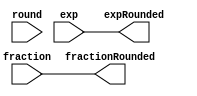
module rounding(
    input round,
    input [26:0] fraction, 
    input [7:0] exp, 
    output [26:0] fractionRounded, 
    output [7:0] expRounded
);
// Round ties to even
wire less;
wire equal;
wire greater;

assign less = fraction[2:0] < 3'b100;
assign equal = fraction[2:0] == 3'b100;
assign greater = fraction[2:0] > 3'b100;

// always @( round) begin
//     if(less) begin
//         fractionRounded <= fraction;
//         expRounded <= exp;
//     end
//     else if(equal) begin
//         if(fraction[3] == 1'b1) begin
//             fractionRounded <= fraction + 1;
//             expRounded <= exp;
//         end
//         else begin
//             fractionRounded <= fraction;
//             expRounded <= exp;
//         end
//     end
//     else if(greater) begin
//         fractionRounded <= fraction + 1;
//         expRounded <= exp;
//     end
// end
assign fractionRounded = fraction;
assign expRounded = exp;




endmodule